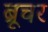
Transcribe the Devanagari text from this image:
ब्रूचर